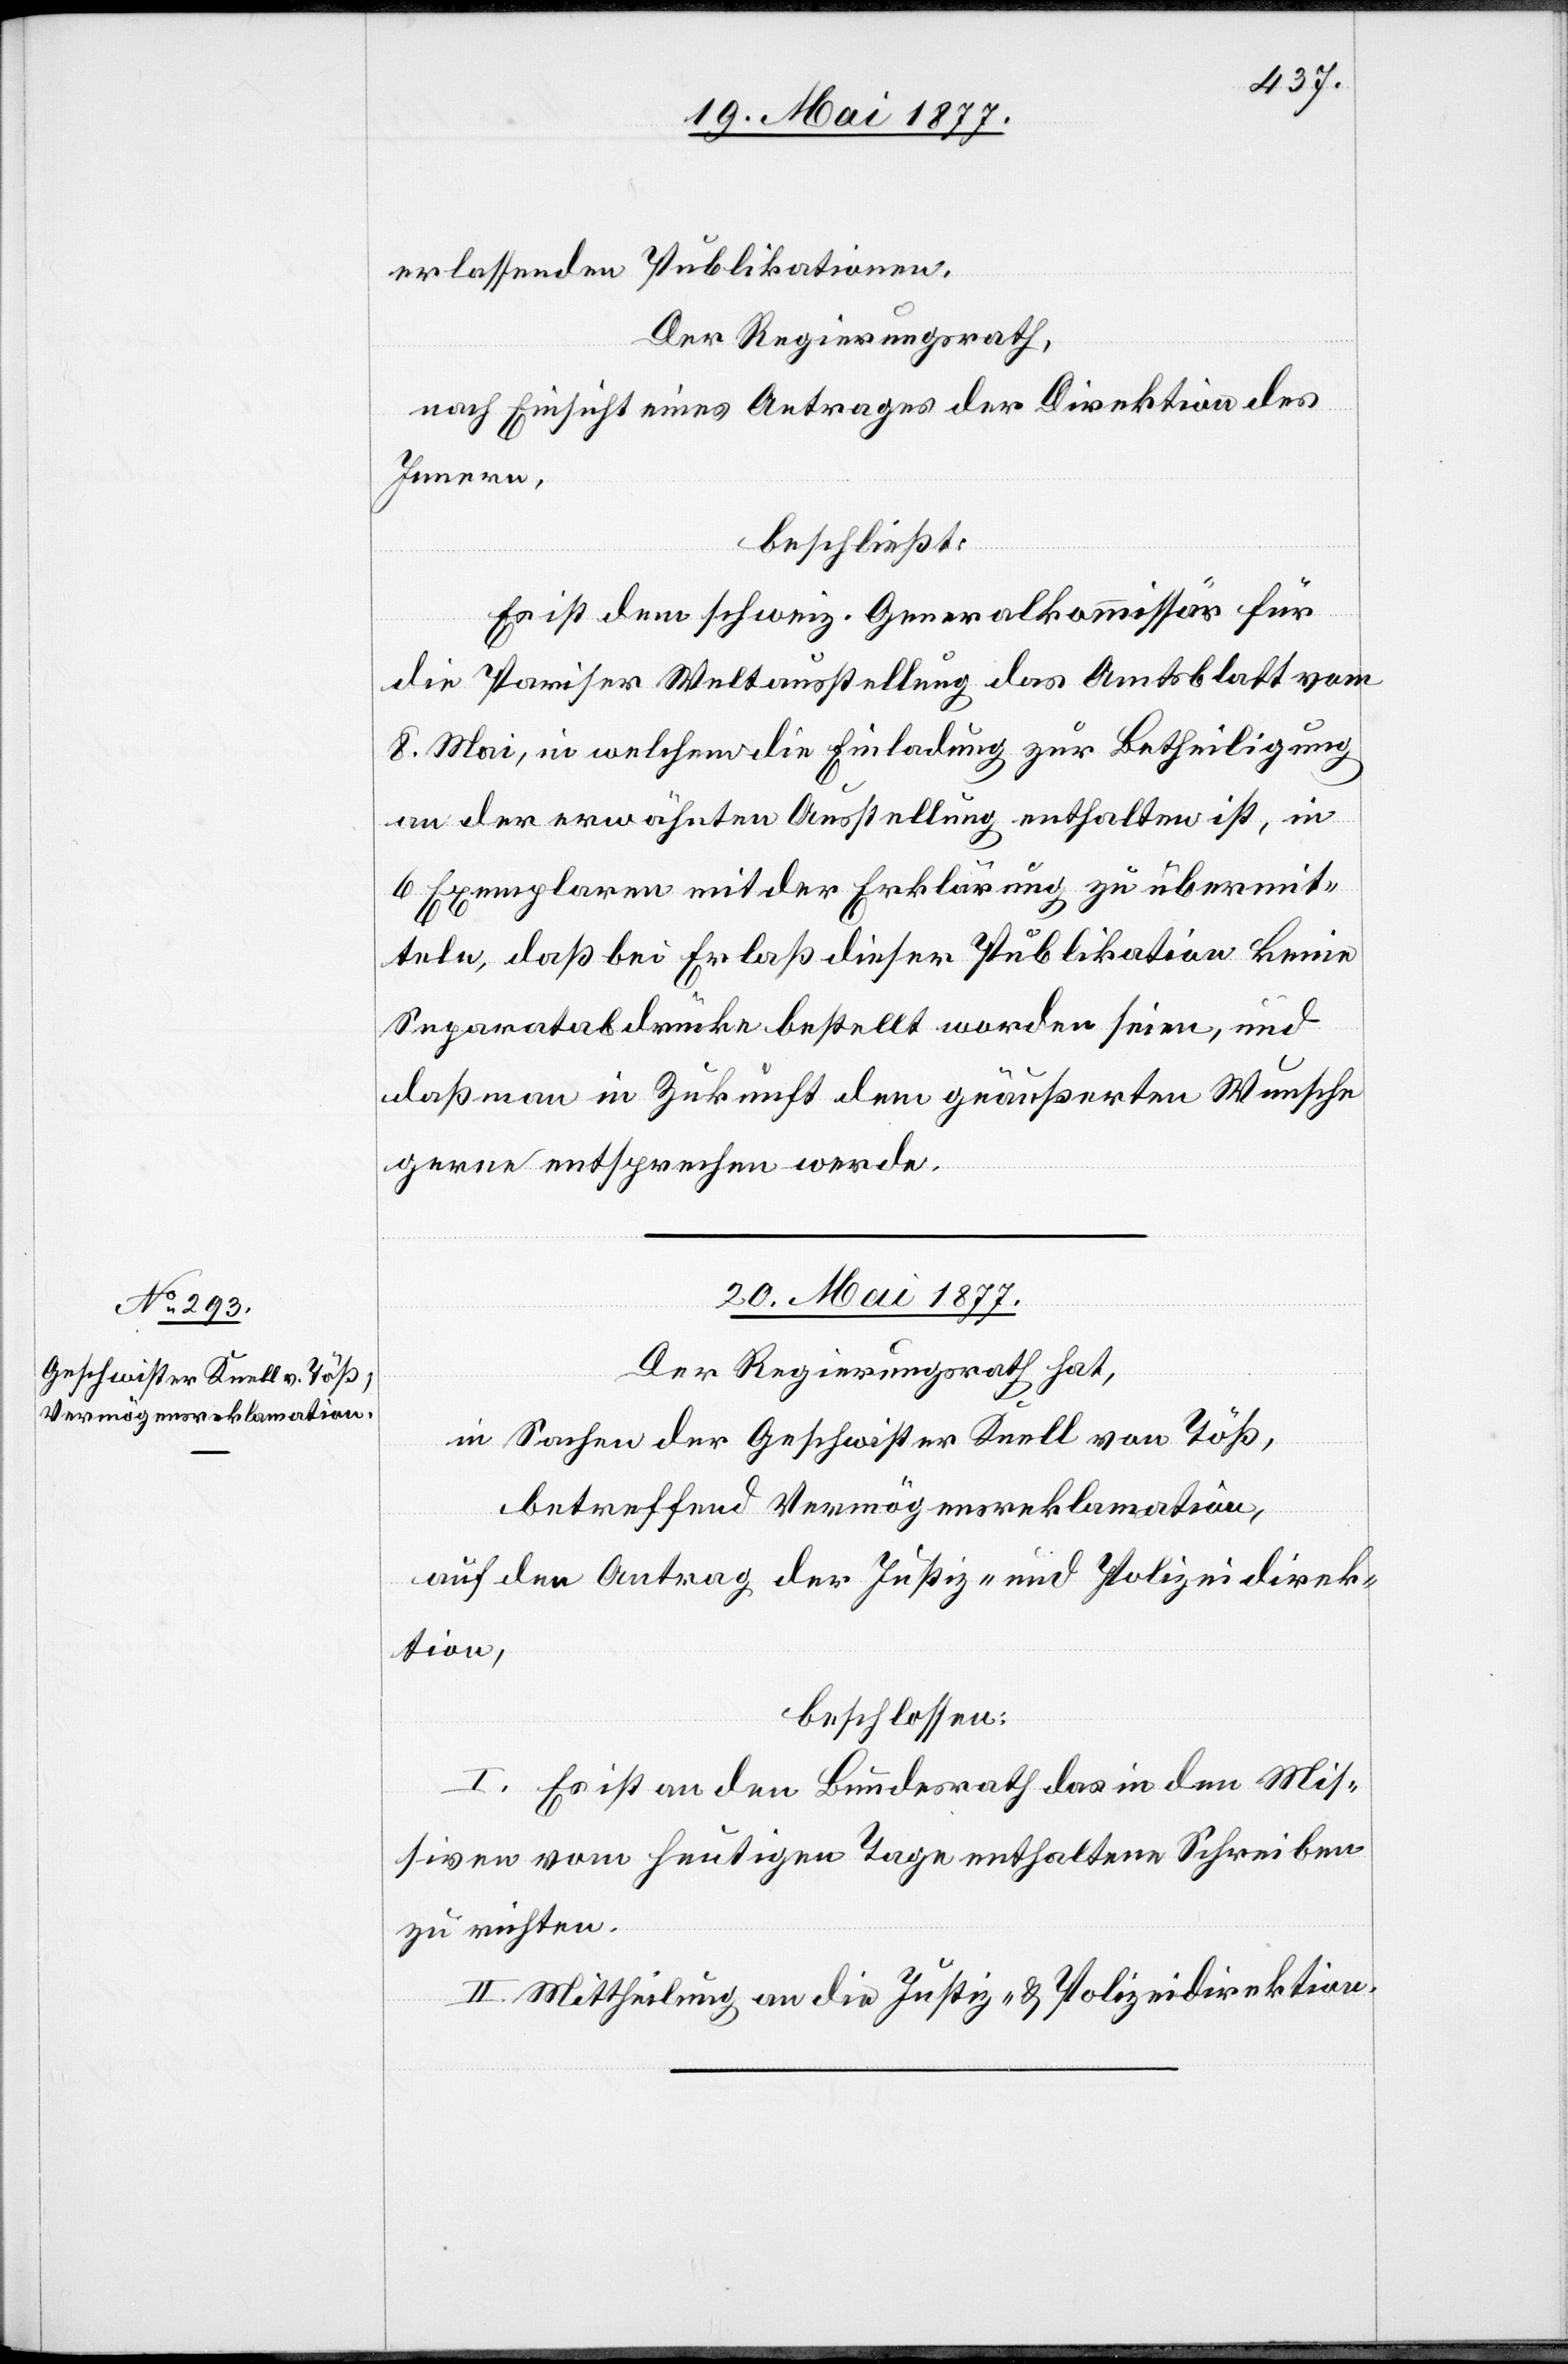
erlassenden Publikationen.
Der Regierungsrath,
nach Einsicht eines Antrages der Direktion des
Innern,
beschließt:
Es ist dem schweiz. Generalkommissär für
die Pariser Weltausstellung das Amtsblatt vom
8. Mai, in welchem die Einladung zur Betheiligung
an der erwähnten Ausstellung enthalten ist, in
6 Exemplaren mit der Erklärung zu übermit¬
teln, daß bei Erlaß dieser Publikation keine
Separatabdrücke bestellt worden seien, und
daß man in Zukunft dem geäußerten Wunsche
gern entsprechen werde.
20. Mai 1877.
Der Regierungsrath hat,
in Sachen der Geschwister Knell von Töß,
betreffend Vermögensreklamation,
auf den Antrag der Justiz- und Polizeidirek¬
tion,
beschlossen:
I. Es ist an den Bundesrath das in den Mis¬
siven vom heutigen Tage enthaltene Schreiben
zu richten.
II. Mittheilung an die Justiz- & Polizeidirektion.